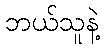
ဘယ်သူနဲ့